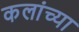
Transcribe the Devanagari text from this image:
कलांच्‍या